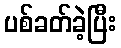
ပစ်ခတ်ခဲ့ပြီး